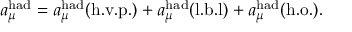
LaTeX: a _ { \mu } ^ { \mathrm { h a d } } = a _ { \mu } ^ { \mathrm { h a d } } ( \mathrm { h . v . p . } ) + a _ { \mu } ^ { \mathrm { h a d } } ( \mathrm { l . b . l } ) + a _ { \mu } ^ { \mathrm { h a d } } ( \mathrm { h . o . } ) .